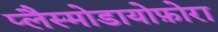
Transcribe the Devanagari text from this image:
प्लैस्मोडायोफ़ोरा